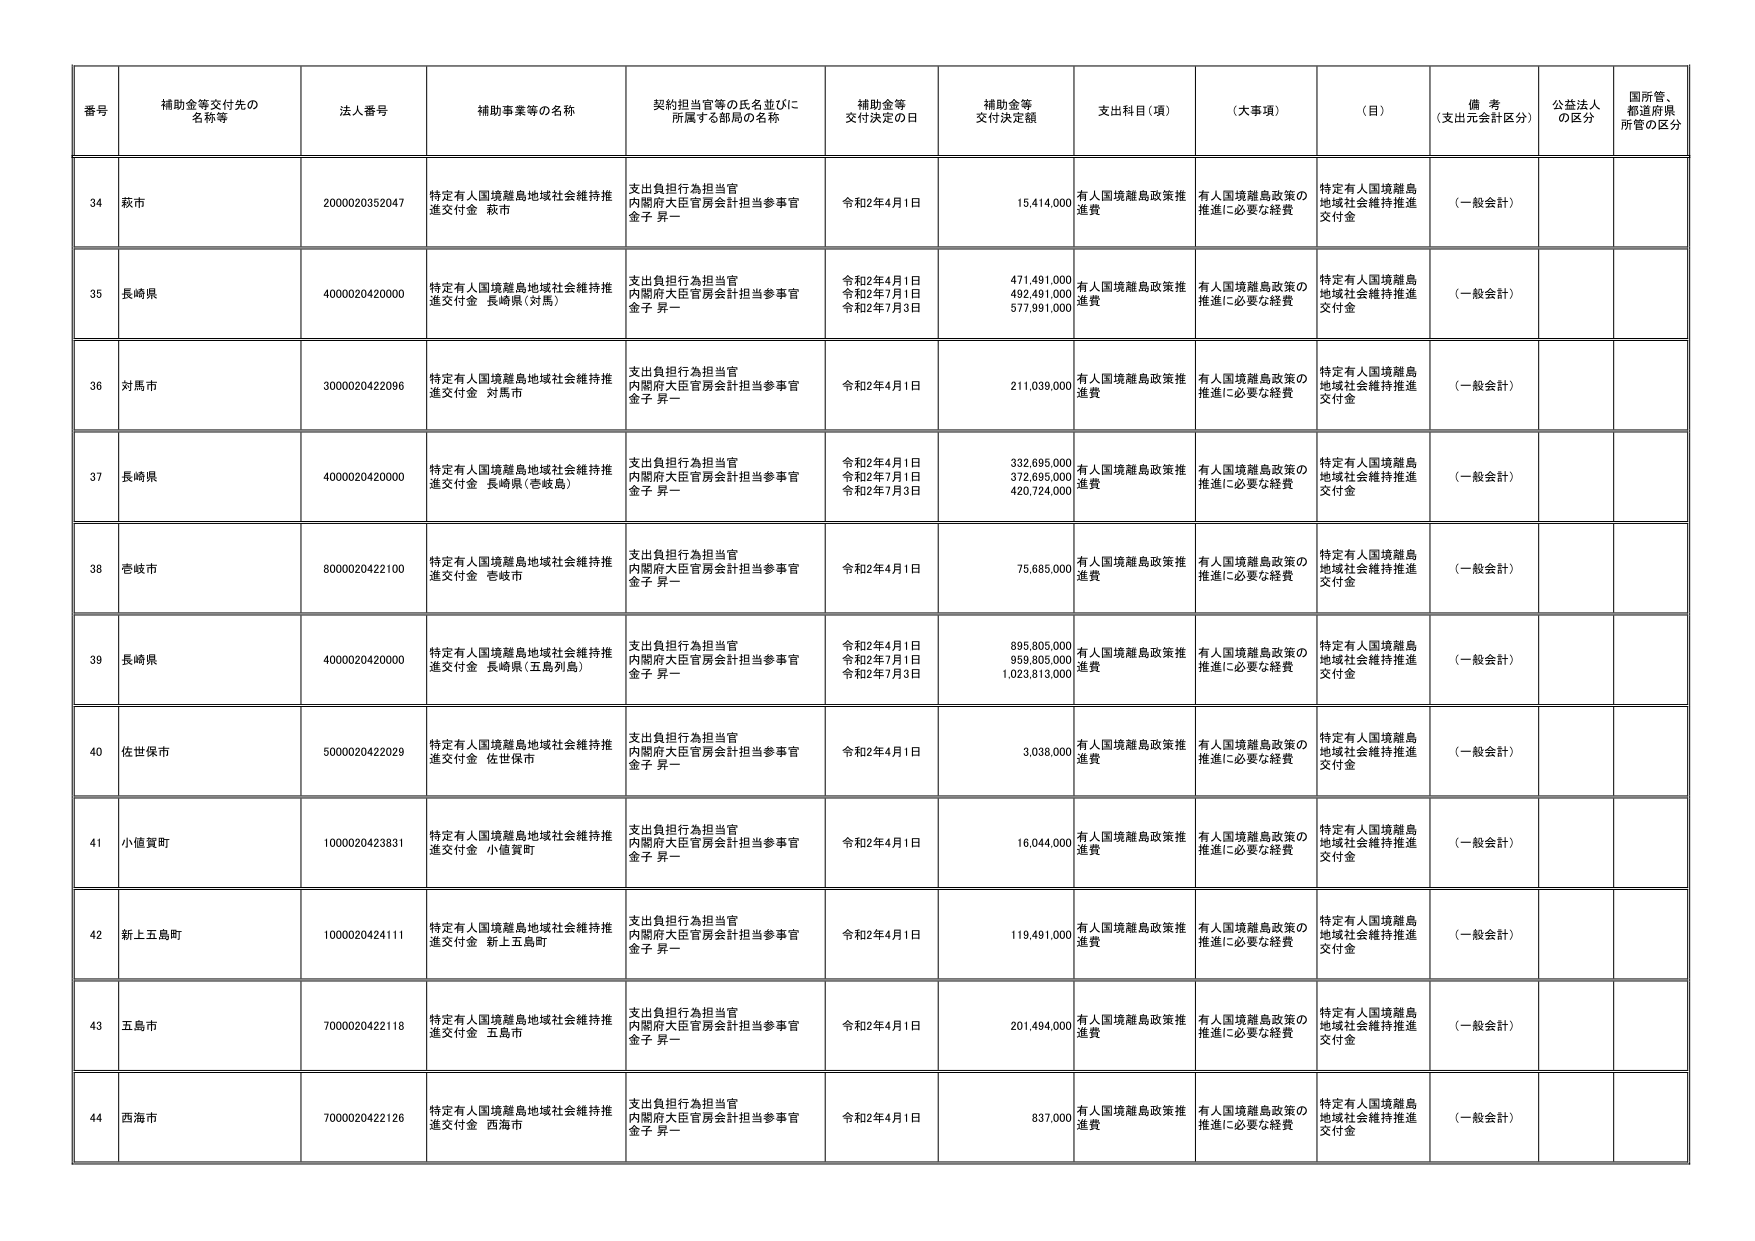
番号 補助金等交付先の名称等 法人番号 補助事業等の名称 契約担当官等の氏名並びに所属する部局の名称 補助金等交付決定の日 補助金等交付決定額 支出科目（項） （大事項） （目） 備考（支出元会計区分） 公益法人の区分 国所管、都道府県所管の区分
34 萩市 2000020352047 特定有人国境離島地域社会維持推進交付金 萩市 支出負担行為担当官 内閣府大臣官房会計担当参事官 金子 昇一 令和2年4月1日 15,414,000 有人国境離島政策推進費 有人国境離島政策の推進に必要な経費 特定有人国境離島地域社会維持推進交付金 （一般会計）
35 長崎県 4000020420000 特定有人国境離島地域社会維持推進交付金 長崎県（対馬） 支出負担行為担当官 内閣府大臣官房会計担当参事官 金子 昇一 令和2年4月1日 令和2年7月1日 令和2年7月3日 471,491,000 492,491,000 577,991,000 有人国境離島政策推進費 有人国境離島政策の推進に必要な経費 特定有人国境離島地域社会維持推進交付金 （一般会計）
36 対馬市 3000020422096 特定有人国境離島地域社会維持推進交付金 対馬市 支出負担行為担当官 内閣府大臣官房会計担当参事官 金子 昇一 令和2年4月1日 211,039,000 有人国境離島政策推進費 有人国境離島政策の推進に必要な経費 特定有人国境離島地域社会維持推進交付金 （一般会計）
37 長崎県 4000020420000 特定有人国境離島地域社会維持推進交付金 長崎県（壱岐島） 支出負担行為担当官 内閣府大臣官房会計担当参事官 金子 昇一 令和2年4月1日 令和2年7月1日 令和2年7月3日 332,695,000 372,695,000 420,724,000 有人国境離島政策推進費 有人国境離島政策の推進に必要な経費 特定有人国境離島地域社会維持推進交付金 （一般会計）
38 壱岐市 8000020422100 特定有人国境離島地域社会維持推進交付金 壱岐市 支出負担行為担当官 内閣府大臣官房会計担当参事官 金子 昇一 令和2年4月1日 75,685,000 有人国境離島政策推進費 有人国境離島政策の推進に必要な経費 特定有人国境離島地域社会維持推進交付金 （一般会計）
39 長崎県 4000020420000 特定有人国境離島地域社会維持推進交付金 長崎県（五島列島） 支出負担行為担当官 内閣府大臣官房会計担当参事官 金子 昇一 令和2年4月1日 令和2年7月1日 令和2年7月3日 895,805,000 959,805,000 1,023,813,000 有人国境離島政策推進費 有人国境離島政策の推進に必要な経費 特定有人国境離島地域社会維持推進交付金 （一般会計）
40 佐世保市 5000020422029 特定有人国境離島地域社会維持推進交付金 佐世保市 支出負担行為担当官 内閣府大臣官房会計担当参事官 金子 昇一 令和2年4月1日 3,038,000 有人国境離島政策推進費 有人国境離島政策の推進に必要な経費 特定有人国境離島地域社会維持推進交付金 （一般会計）
41 小値賀町 1000020423831 特定有人国境離島地域社会維持推進交付金 小値賀町 支出負担行為担当官 内閣府大臣官房会計担当参事官 金子 昇一 令和2年4月1日 16,044,000 有人国境離島政策推進費 有人国境離島政策の推進に必要な経費 特定有人国境離島地域社会維持推進交付金 （一般会計）
42 新上五島町 1000020424111 特定有人国境離島地域社会維持推進交付金 新上五島町 支出負担行為担当官 内閣府大臣官房会計担当参事官 金子 昇一 令和2年4月1日 119,491,000 有人国境離島政策推進費 有人国境離島政策の推進に必要な経費 特定有人国境離島地域社会維持推進交付金 （一般会計）
43 五島市 7000020422118 特定有人国境離島地域社会維持推進交付金 五島市 支出負担行為担当官 内閣府大臣官房会計担当参事官 金子 昇一 令和2年4月1日 201,494,000 有人国境離島政策推進費 有人国境離島政策の推進に必要な経費 特定有人国境離島地域社会維持推進交付金 （一般会計）
44 西海市 7000020422126 特定有人国境離島地域社会維持推進交付金 西海市 支出負担行為担当官 内閣府大臣官房会計担当参事官 金子 昇一 令和2年4月1日 837,000 有人国境離島政策推進費 有人国境離島政策の推進に必要な経費 特定有人国境離島地域社会維持推進交付金 （一般会計）